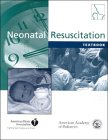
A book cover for Textbook of Neonatal Resuscitation (Book with CD-ROM for Windows or Macintosh); John Kattwinkel; Health, Fitness & Dieting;